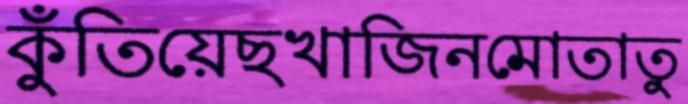
কুঁতিয়েছখাজিনমোতাতু